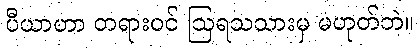
ပီယာဟာ တရားဝင် ဩရသသားမှ မဟုတ်ဘဲ။